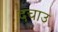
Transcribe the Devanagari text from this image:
दचाउ